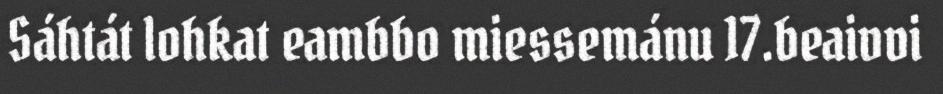
Sáhtát lohkat eambbo miessemánu 17.beaivvi